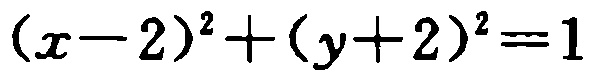
\((x - 2)^2 + (y + 2)^2 = 1\)